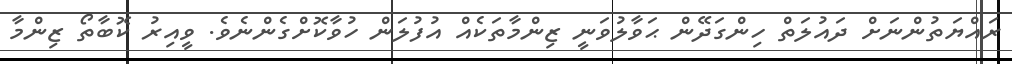
ރައްޔަތުންނަށް ދައުލަތް ހިންގަދޭން ޙަވާލުވަނީ ޒިންމާތަކެއް އުފުލަން ހުވާކޮށްގެންނެވެ. ވީއިރު ކޮބާތޯ ޒިންމާ